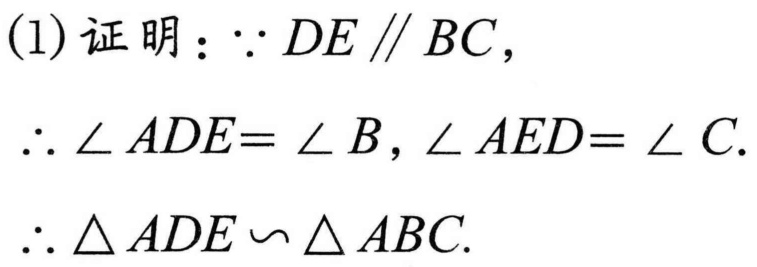
(1)证明：\(\because DE\parallel BC\)，
\(\therefore \angle ADE = \angle B\), \(\angle AED = \angle C\).
\(\therefore \triangle ADE\backsim\triangle ABC\).